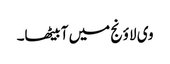
وی لاؤنج میں آ بیٹھا۔